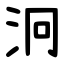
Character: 泂